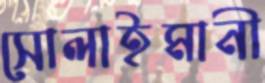
সোলাইমানী